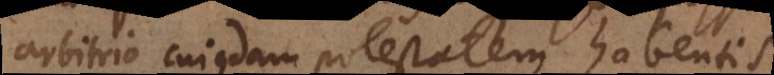
arbitrio cujusdam potestatem habentis,